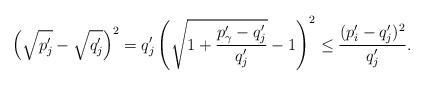
LaTeX: \begin{align*}\left( \sqrt{p'_j} - \sqrt{q'_j}\right)^2 &= q'_j\left( \sqrt{1 + \frac{p'_\gamma - q'_j}{q'_j}} - 1 \right)^2 \leq \frac{(p'_i - q'_j)^2}{q'_j}.\end{align*}